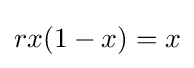
rx(1-x)=x